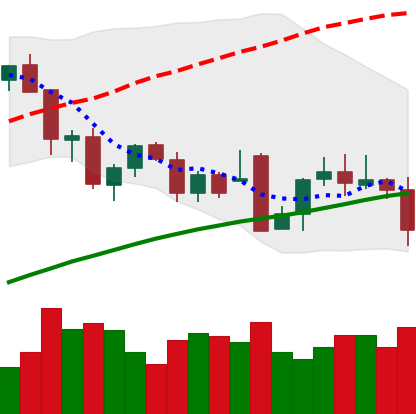
Ticker: BTC-USD
Chart end date: 2021-12-03
Forward return: -5.772%
Label: down_5_7